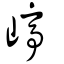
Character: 嵉